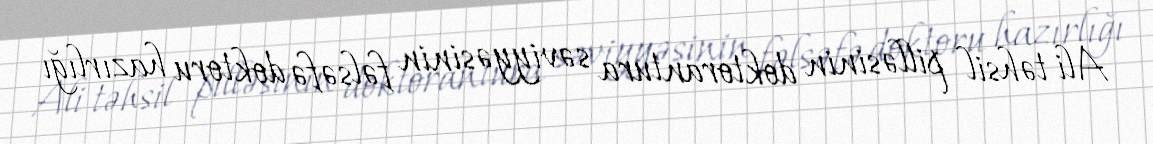
Ali təhsil pilləsinin doktorantura səviyyəsinin fəlsəfə doktoru hazırlığı